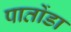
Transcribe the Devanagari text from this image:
पातोंडा